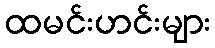
ထမင်းဟင်းများ